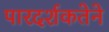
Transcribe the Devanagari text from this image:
पारदर्शकतेने